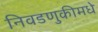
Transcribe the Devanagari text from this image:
निवडणुकीमधे